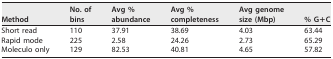
<table><thead><tr><td><b>Method</b></td><td><b>No. of bins</b></td><td><b>Avg %abundance</b></td><td><b>Avg %completeness</b></td><td><b>Avg genome size (Mbp)</b></td><td><b>% G+C</b></td></tr></thead><tbody><tr><td>Short read</td><td>110</td><td>37.91</td><td>38.69</td><td>4.03</td><td>63.44</td></tr><tr><td>Rapid mode</td><td>225</td><td>2.58</td><td>24.26</td><td>2.73</td><td>65.29</td></tr><tr><td>Moleculo only</td><td>129</td><td>82.53</td><td>40.81</td><td>4.65</td><td>57.82</td></tr></tbody></table>